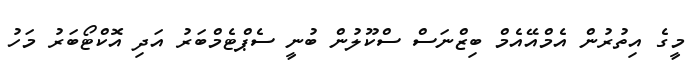
މީގެ އިތުރުން އެމްއޭއެމް ބިޒްނަސް ސްކޫލުން ބުނީ ސެޕްޓެމްބަރު އަދި އޮކްޓޯބަރު މަހު